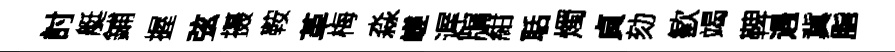
討艇鋪握弦摄鞍革梅淼嵯遅牖紺聒燭貞劾歓竭鞞遇冀脂